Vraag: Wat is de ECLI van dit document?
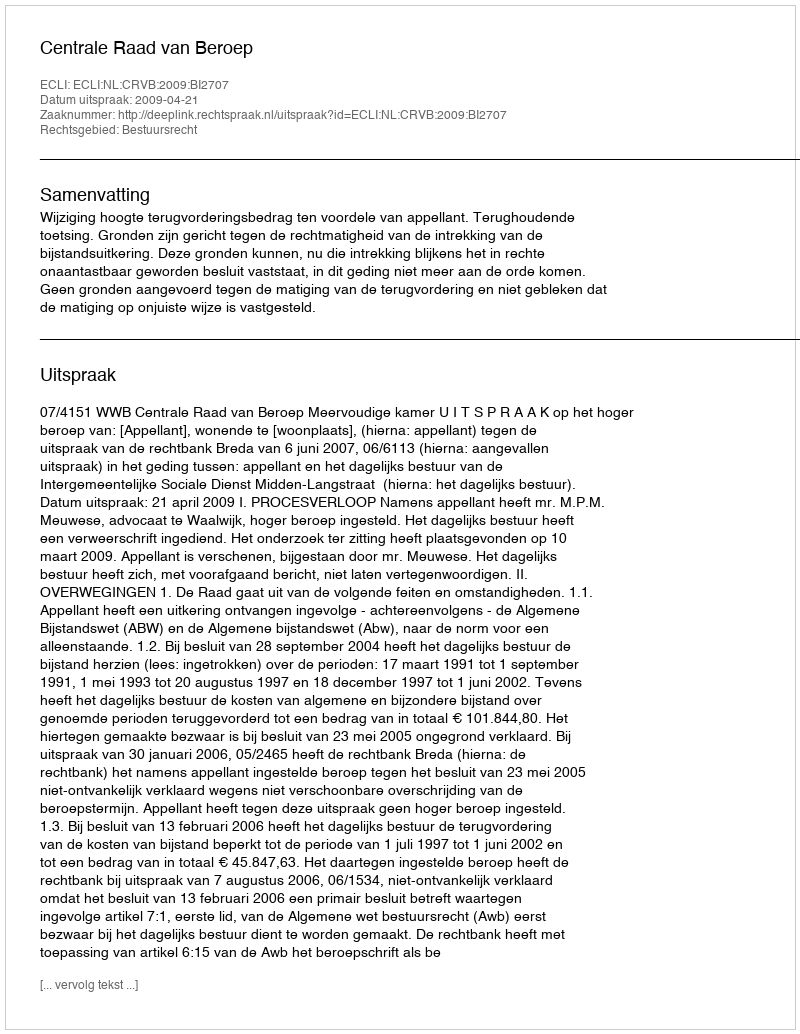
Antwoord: ECLI:NL:CRVB:2009:BI2707